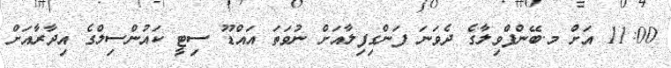
11:00 އަށް މ.ބޭންފްވިލާގެ ދެވަނަ ފަންގިފިލާއަށް ނުވަތަ އައްޑޫ ސިޓީ ކައުންސިލްގެ އިދާރާއަށް